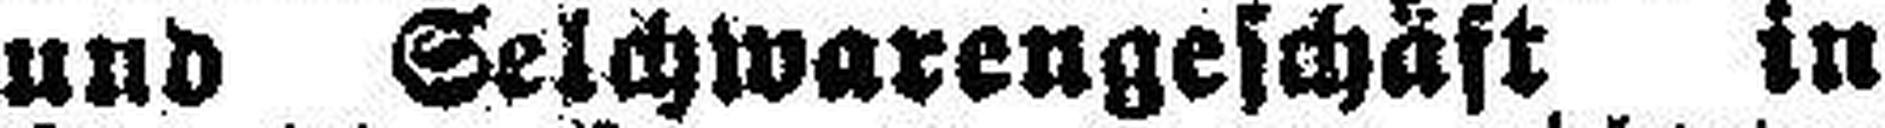
und Selchwarengeschäft in